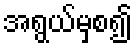
အရွယ်မှစ၍